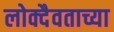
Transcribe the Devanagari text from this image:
लोक्दैवताच्या